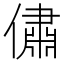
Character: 𠏐